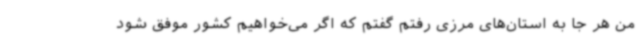
من هر جا به استان‌های مرزی رفتم گفتم که اگر می‌خواهیم کشور موفق شود